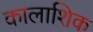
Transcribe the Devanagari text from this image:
कालाशिक